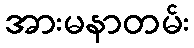
အားမနာတမ်း